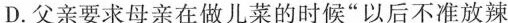
D.父亲要求母亲在做儿菜的时候“以后不准放辣